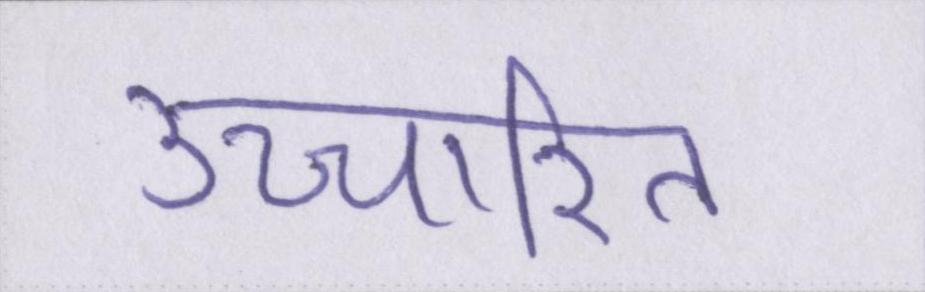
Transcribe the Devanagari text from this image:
उच्चारित